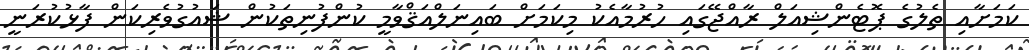
ކަމަށާއި ތެލުގެ ޕޮޓެންޝިއަލް ރާއްޖޭގައި ހުރުމާއެކު މިކަމަށް ބައިނަލްއަޤްވާމީ ކުންފުނިތަކުން ޝައުގުވެރިކަން ފާޅުކުރަނީ